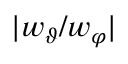
\vert w _ { \vartheta } / w _ { \varphi } \vert